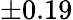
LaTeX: \pm 0.19